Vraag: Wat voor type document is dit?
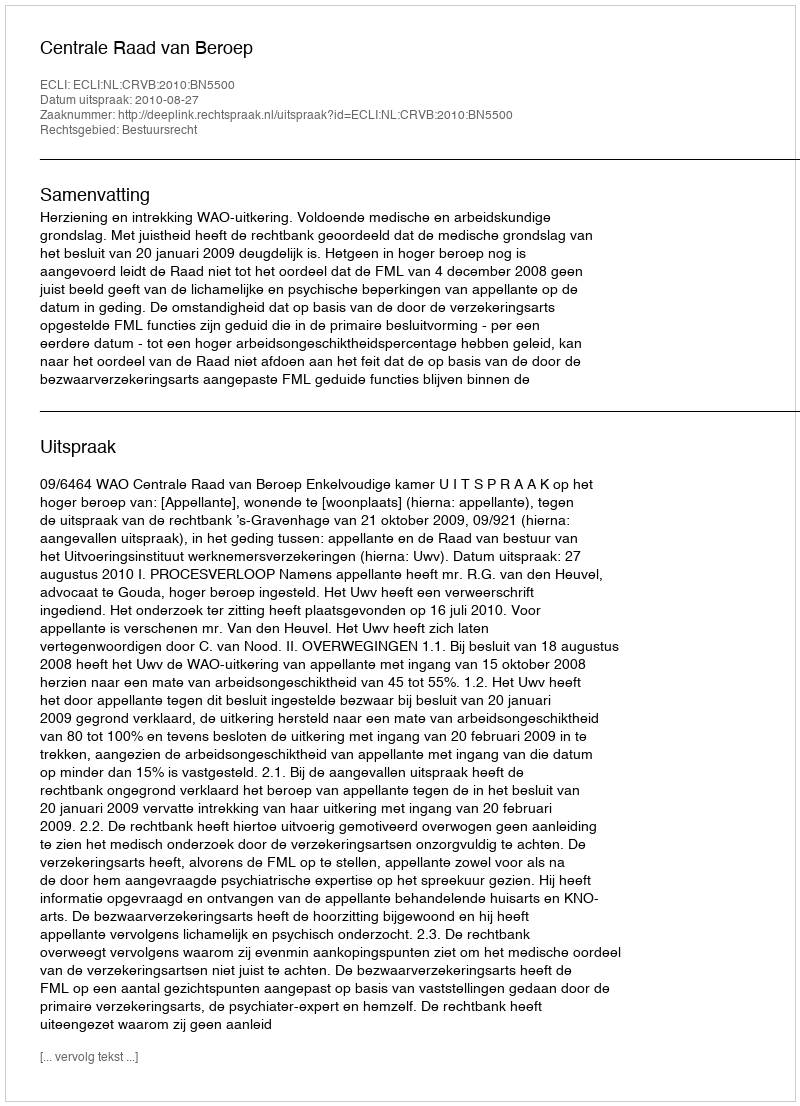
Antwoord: Uitspraak